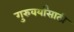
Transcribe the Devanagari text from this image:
गुरुवर्यांसाठी